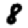
Digit: 8